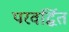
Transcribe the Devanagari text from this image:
परवर्द्धित